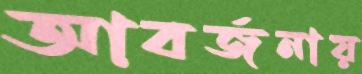
আবর্জনায়